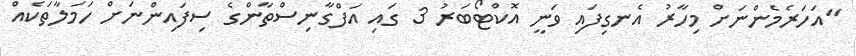
"އަހަރެމެންނަށް މިހާރު އެނގިފައި ވަނީ އޮކްޓޯބަރު 3 ގައި އަފްގާނިސްތާންގެ ސިފައިންނަށް ހަމަލާތަކެއް